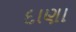
દાણા